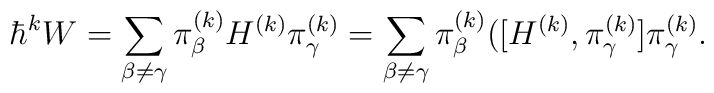
\hbar^{k} W = \sum_{\beta  \not= \gamma} \pi^{(k)}_\beta H^{(k)} \pi^{(k)}_\gamma = \sum_{ \beta \not= \gamma} \pi^{(k)}_\beta ( [ H^{(k)}, \pi^{(k)}_\gamma ]  \pi^{(k)}_\gamma .